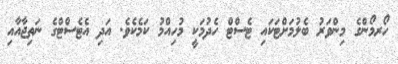
ހޯރމޯންގެ މިންވަރު ބެލުމަށްޓަކައި ޓެސްޓް ހެދުމަކީ މުހިއްމު ކަމެކެވެ. އަދި އެޓެސްޓްގެ ނަތިޖާއާއި